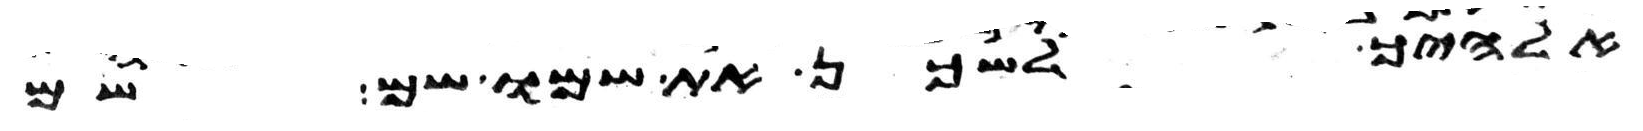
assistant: אלהיך לשכן את שמו שם שם